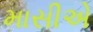
માસીએ